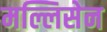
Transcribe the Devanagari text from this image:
मल्लिसेन